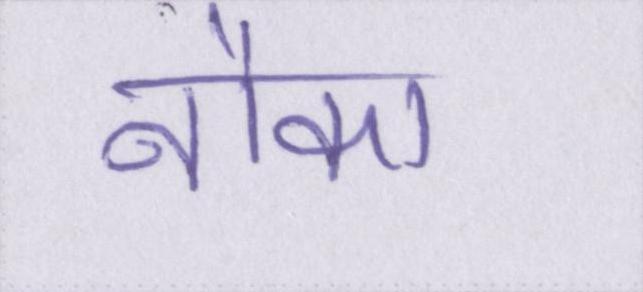
नौका